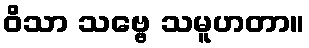
ဝိသာ သဗ္ဗေ သမူဟတာ။